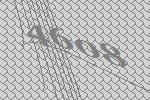
4608